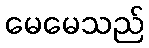
မေမေသည်